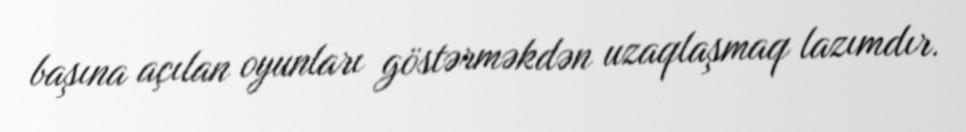
başına açılan oyunları göstərməkdən uzaqlaşmaq lazımdır.